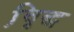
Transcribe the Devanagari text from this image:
वृि़द्ध